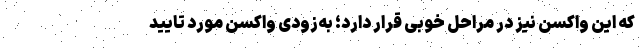
که این واکسن نیز در مراحل خوبی قرار دارد؛ به‌زودی واکسن مورد تایید